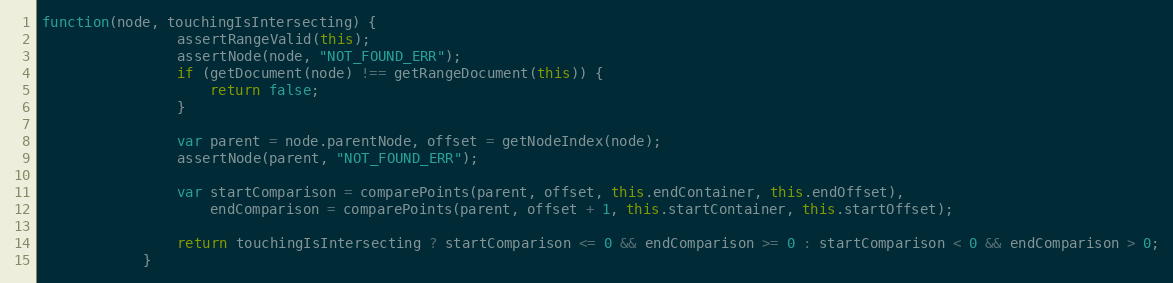
Language: JavaScript
function(node, touchingIsIntersecting) {
                assertRangeValid(this);
                assertNode(node, "NOT_FOUND_ERR");
                if (getDocument(node) !== getRangeDocument(this)) {
                    return false;
                }

                var parent = node.parentNode, offset = getNodeIndex(node);
                assertNode(parent, "NOT_FOUND_ERR");

                var startComparison = comparePoints(parent, offset, this.endContainer, this.endOffset),
                    endComparison = comparePoints(parent, offset + 1, this.startContainer, this.startOffset);

                return touchingIsIntersecting ? startComparison <= 0 && endComparison >= 0 : startComparison < 0 && endComparison > 0;
            }